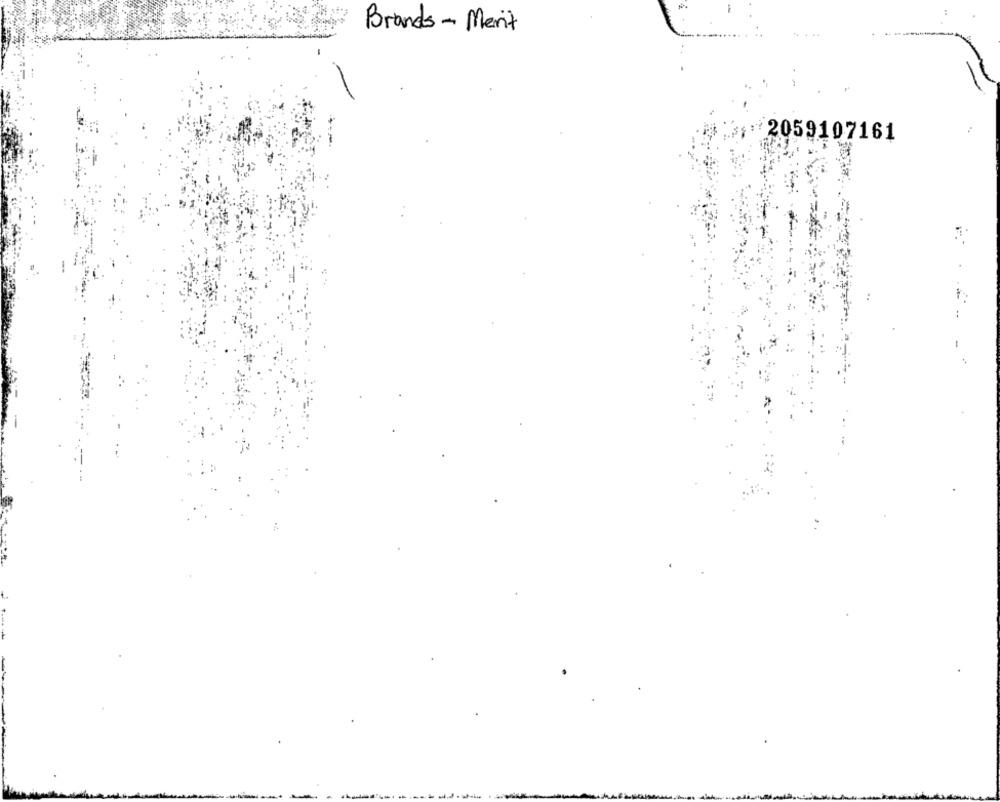
Brands- Merit
2059107161